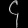
Digit: ၄